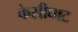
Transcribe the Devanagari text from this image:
केसीघाट